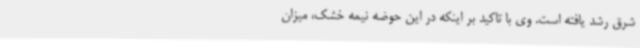
شرق رشد یافته است. وی با تاکید بر اینکه در این حوضه نیمه خشک، میزان